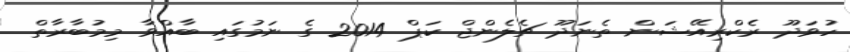
ހުވަދޫ ރެކްރިއޭޝަން ތެނަދޫ ޗެލެންޖް ކަޕް 2014 ގެ ނަމުގައި ބާއްވާ މިމުބާރާތް